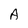
Character: A